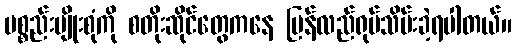
ပစ္စည်းမျိုးစုံကို စတိုးဆိုင်တွေကနေ ပြန်လည်ရုပ်သိမ်းခဲ့ရပါတယ်။